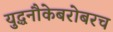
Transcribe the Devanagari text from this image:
युद्धनौकेबरोबरच